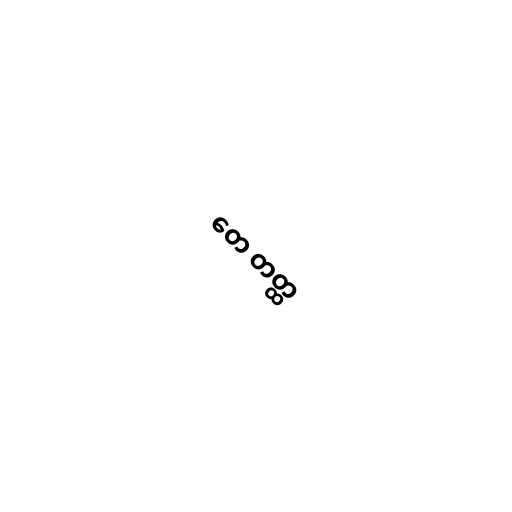
တေ တတ္ထ